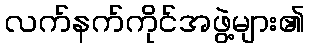
လက်နက်ကိုင်အဖွဲ့များ၏